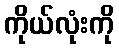
ကိုယ်လုံးကို